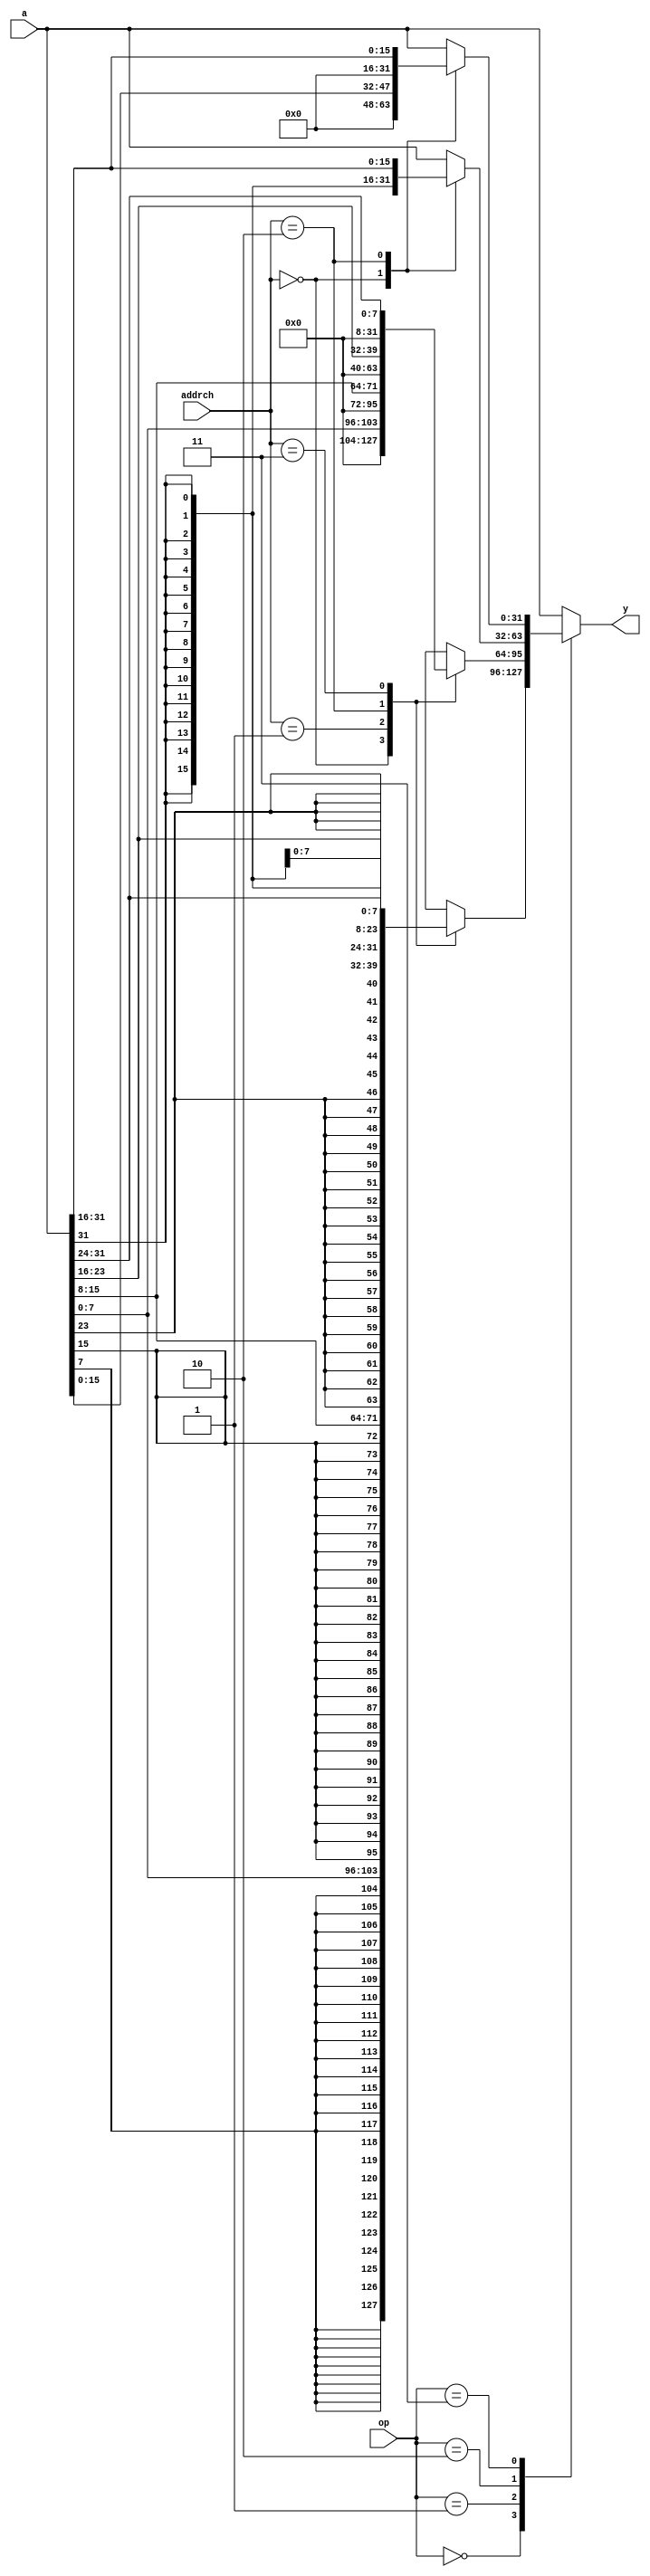
`timescale 1ns / 1ps
//////////////////////////////////////////////////////////////////////////////////
// Company: 
// Engineer: 
// 
// Design Name: 
// Module Name: memdec
// Project Name: 
// Target Devices: 
// Tool Versions: 
// Description: 
// 
// Dependencies: 
// 
// Revision:
// Revision 0.01 - File Created
// Additional Comments:
// 
//////////////////////////////////////////////////////////////////////////////////


module memdec(
    input wire[31:0] a,
    input wire[2:0] op,
    input wire[1:0] addrch,
    output reg [31:0] y
    );
    always@(*) begin
        case(op)
            3'b000: // LB
                begin
                    case(addrch)
                        2'b00:y={{24{a[7]}},a[7:0]};
                        2'b01:y={{24{a[15]}},a[15:8]};
                        2'b10:y={{24{a[23]}},a[23:16]};
                        2'b11:y={{24{a[31]}},a[31:24]};
                    endcase
                end
            3'b001: // LBU
                begin
                    case(addrch)
                        2'b00:y={{24{1'b0}},a[7:0]};
                        2'b01:y={{24{1'b0}},a[15:8]};
                        2'b10:y={{24{1'b0}},a[23:16]};
                        2'b11:y={{24{1'b0}},a[31:24]};
                    endcase
                end
            3'b010: // LH
                begin
                    case(addrch)
                        2'b00:y={{16{a[15]}},a[15:0]};
                        2'b10:y={{16{a[31]}},a[31:16]};
                        default:y=a;
                    endcase
                end
            3'b011: // LHU
                begin
                    case(addrch)
                        2'b00:y={{16{1'b0}},a[15:0]};
                        2'b10:y={{16{1'b0}},a[31:16]};
                        default:y=a;
                    endcase
                end
            3'b100: // LW
                y=a;
            default: y=a;
        endcase
    end
endmodule